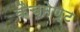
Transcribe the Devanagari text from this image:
कैचमेण्ट